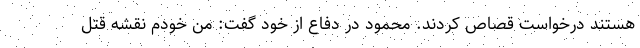
هستند درخواست قصاص کردند. محمود در دفاع از خود گفت: من خودم نقشه قتل